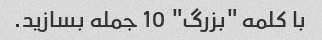
با کلمه "بزرگ" 10 جمله بسازید.